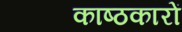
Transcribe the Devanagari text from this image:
काष्ठकारों